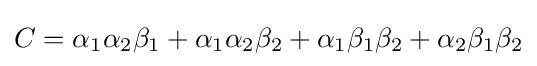
C=\alpha _{1}\alpha _{2}\beta _{1}+\alpha _{1}\alpha _{2}\beta _{2}+\alpha _{1}\beta _{1}\beta _{2}+\alpha _{2}\beta _{1}\beta _{2}